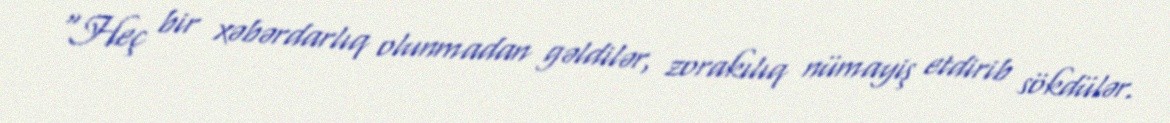
“Heç bir xəbərdarlıq olunmadan gəldilər, zorakılıq nümayiş etdirib sökdülər.